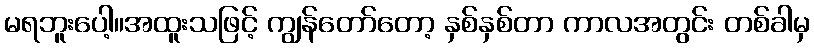
မရဘူးပေါ့။အထူးသဖြင့် ကျွန်တော်တော့ နှစ်နှစ်တာ ကာလအတွင်း တစ်ခါမှ